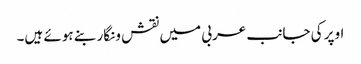
اوپر کی جانب عربی میں نقش و نگار بنے ہوئے ہیں۔